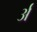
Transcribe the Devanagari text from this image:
र्अ